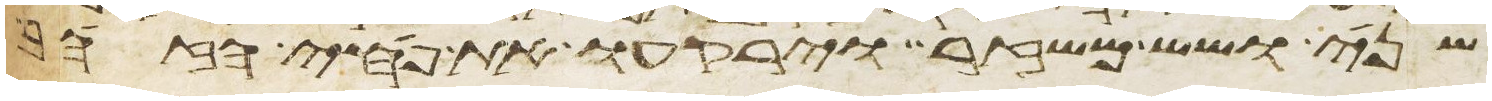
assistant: שני ושש משזר וירקעו את פחי הזהב